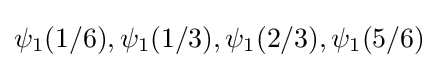
\psi _{1}(1/6),\psi _{1}(1/3),\psi _{1}(2/3),\psi _{1}(5/6)